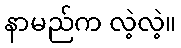
နာမည်က လဲ့လဲ့။